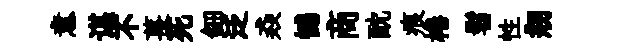
意谌不萇死鈿泛猋憾商酖痕棬髫性剏